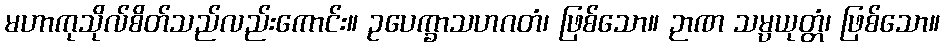
မဟာကုသိုလ်စိတ်သည်လည်းကောင်း။ ဥပေက္ခာသဟဂတံ၊ ဖြစ်သော။ ဉာဏ သမ္ပယုတ္တံ၊ ဖြစ်သော။